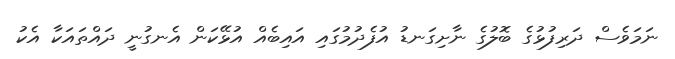
ނަމަވެސް ދަރިފުޅުގެ ބޮލުގެ ނާށިގަނޑު އުފެދުމުގައި އައިބެއް އުޅޭކަން އެނގުނީ ދައްތައަކާ އެކު